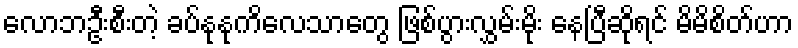
လောဘဦးစီးတဲ့ ခပ်နုနုကိလေသာတွေ ဖြစ်ပွားလွှမ်းမိုး နေပြီဆိုရင် မိမိစိတ်ဟာ